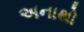
અનાથો